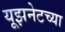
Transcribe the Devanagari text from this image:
यूझनेटच्या